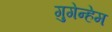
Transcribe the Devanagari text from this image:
गुगेन्हेम